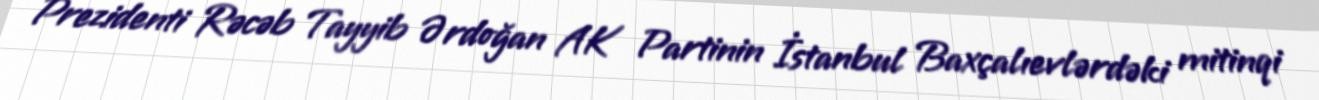
Prezidenti Rəcəb Tayyib Ərdoğan AK Partinin İstanbul Baxçalıevlərdəki mitinqi